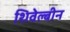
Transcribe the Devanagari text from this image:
शिवेल्बीन